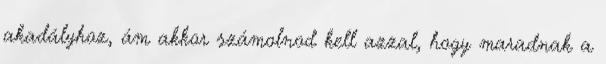
akadályhoz, ám akkor számolnod kell azzal, hogy maradnak a